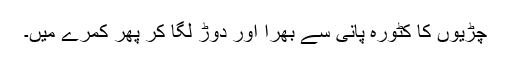
چڑیوں کا کٹورہ پانی سے بھرا اور دوڑ لگا کر پھر کمرے میں۔